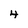
Character: 4